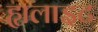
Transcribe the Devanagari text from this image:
ह्यलाइट